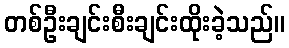
တစ်ဦးချင်းစီးချင်းထိုးခဲ့သည်။